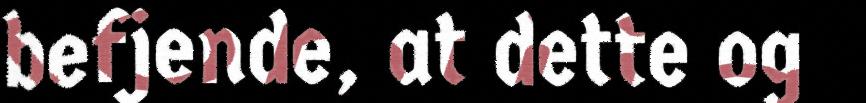
befjende, at dette og